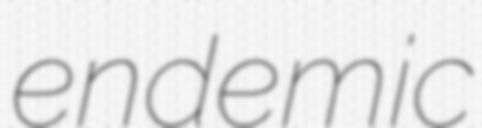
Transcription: endemic